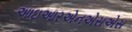
આઇઆરએનએસએસ